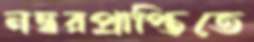
নম্বরপ্রাপ্তিতে